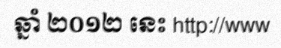
ឆ្នាំ ២០១២ នេះ http://www